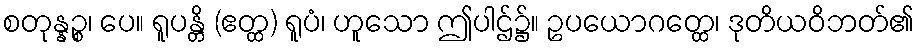
စတုန္နဉ္စ၊ ပေ။ ရူပန္တိ (ဧတ္ထ) ရူပံ၊ ဟူသော ဤပါဌ်၌။ ဥပယောဂတ္ထေ၊ ဒုတိယဝိဘတ်၏